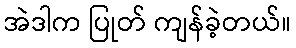
အဲဒါက ပြုတ် ကျန်ခဲ့တယ်။